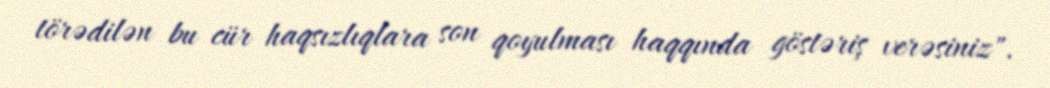
törədilən bu cür haqsızlıqlara son qoyulması haqqında göstəriş verəsiniz".